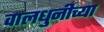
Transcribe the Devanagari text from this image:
वालधुनीच्या